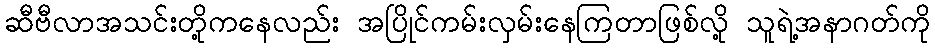
ဆီဗီလာအသင်းတို့ကနေလည်း အပြိုင်ကမ်းလှမ်းနေကြတာဖြစ်လို့ သူရဲ့အနာဂတ်ကို